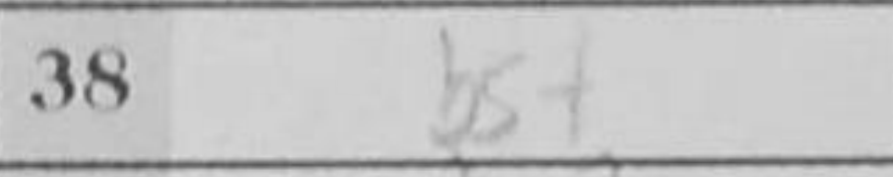
Transcription: b6+